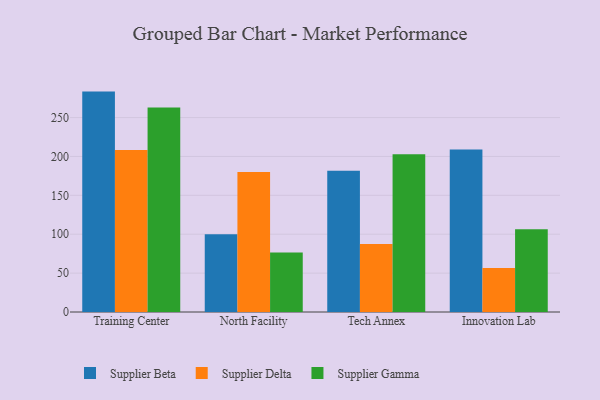
{"axis": {"x": "Campus", "y": "Temperature (°C)"}, "legend": ["Supplier Beta", "Supplier Delta", "Supplier Gamma"], "data": [{"x": "Training Center", "y": 283.4, "type": "Supplier Beta"}, {"x": "Training Center", "y": 208.4, "type": "Supplier Delta"}, {"x": "Training Center", "y": 263.1, "type": "Supplier Gamma"}, {"x": "North Facility", "y": 100.0, "type": "Supplier Beta"}, {"x": "North Facility", "y": 180.0, "type": "Supplier Delta"}, {"x": "North Facility", "y": 76.5, "type": "Supplier Gamma"}, {"x": "Tech Annex", "y": 181.7, "type": "Supplier Beta"}, {"x": "Tech Annex", "y": 87.3, "type": "Supplier Delta"}, {"x": "Tech Annex", "y": 203.0, "type": "Supplier Gamma"}, {"x": "Innovation Lab", "y": 208.9, "type": "Supplier Beta"}, {"x": "Innovation Lab", "y": 56.7, "type": "Supplier Delta"}, {"x": "Innovation Lab", "y": 106.4, "type": "Supplier Gamma"}]}